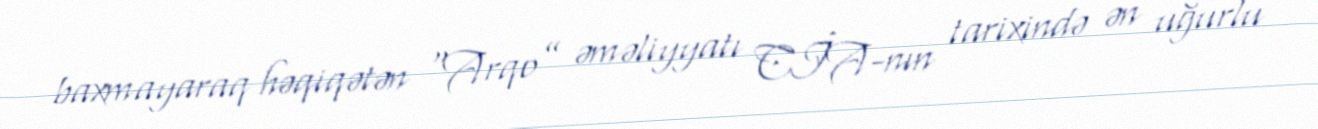
baxmayaraq həqiqətən “Arqo” əməliyyatı CİA-nın tarixində ən uğurlu